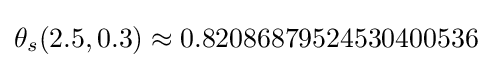
\theta _{s}(2.5,0.3)\approx 0.82086879524530400536